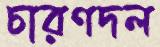
চারণদল